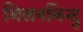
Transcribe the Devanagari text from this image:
मिलनविन्दु